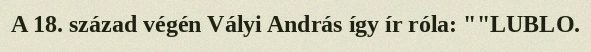
A 18. század végén Vályi András így ír róla: ""LUBLO.